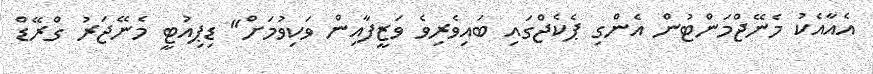
އެއާއެކު މެނޭޖްމަންޓުން އެންގި ޕެކެޖްގައި ބައިވެރިވެ ވަޒީފާއިން ވަކިވުމަށް" ޑިޕިއުޓީ މެނޭޖަރު ގްރޭޑް